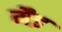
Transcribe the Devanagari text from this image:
मैइ